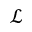
\mathcal { L }